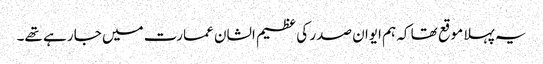
یہ پہلا موقع تھا کہ ہم ایوان صدر کی عظیم الشان عمارت میں جا رہے تھے۔